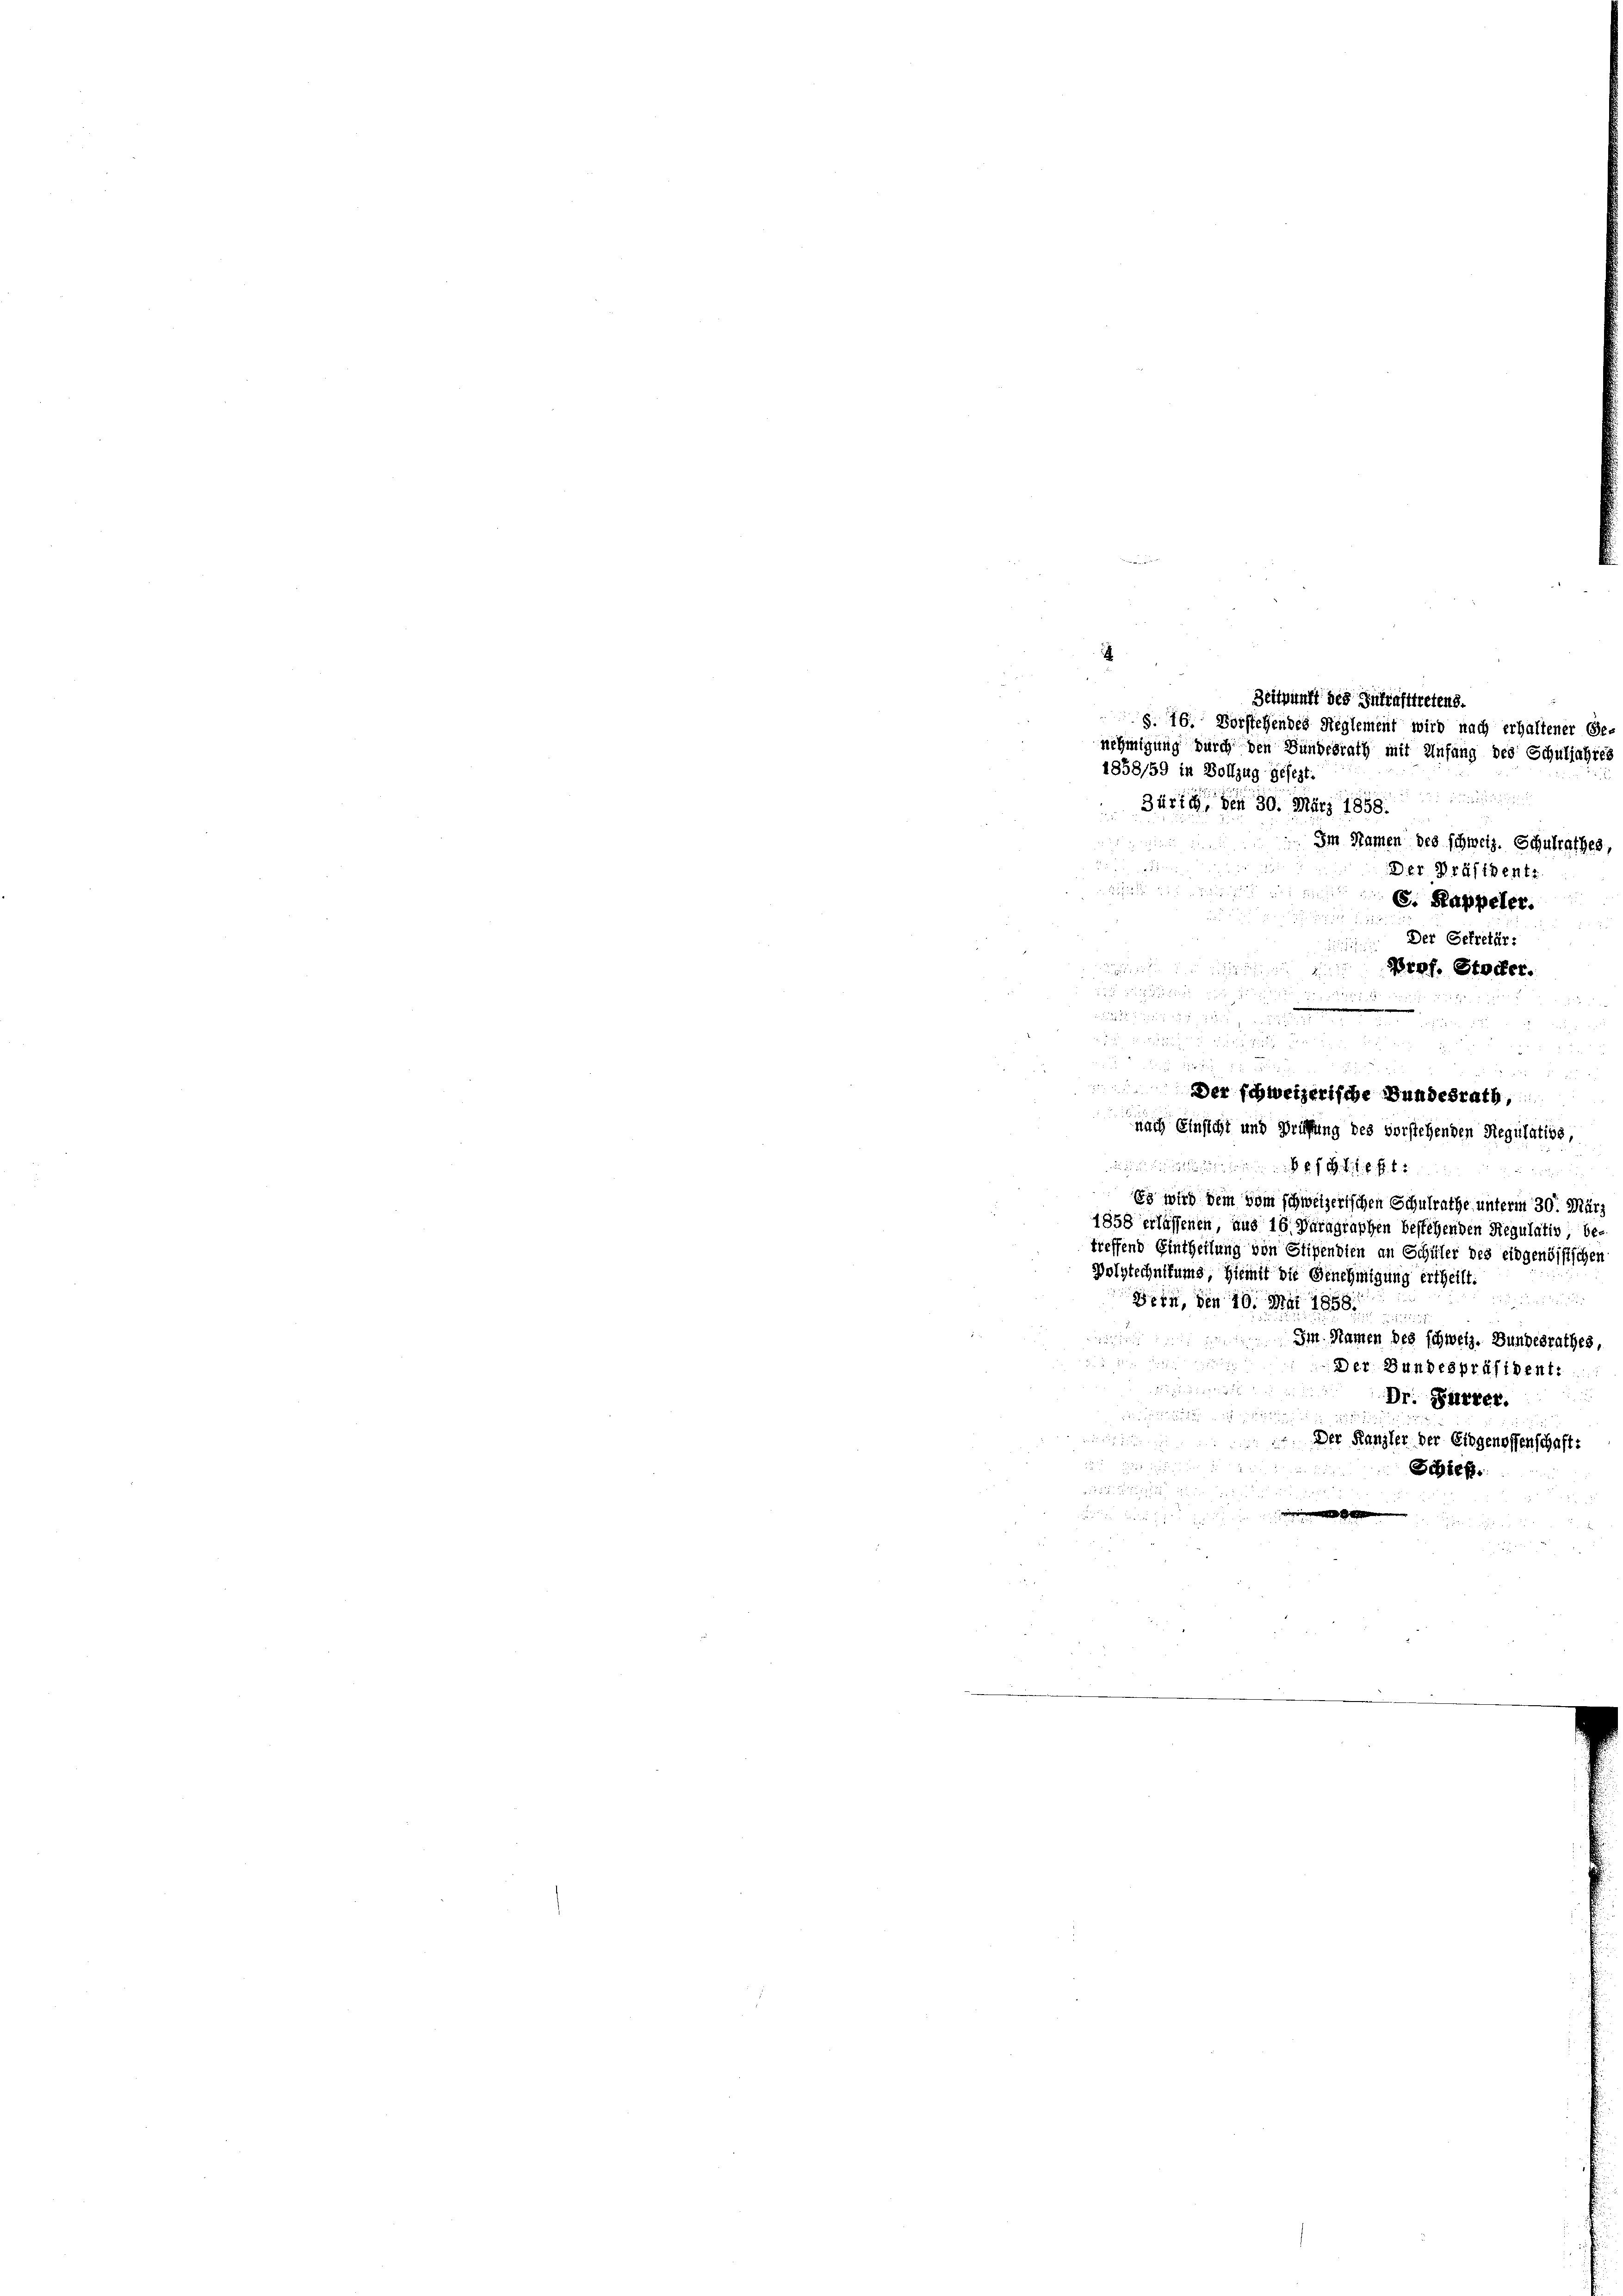
i
Zürich, den 30. März 1858.
d nichtun
Im Namen des schweiz. Schulrathes

Der Präsident.

S. Kappeler.
Der Gefretär:

Prof. Stocker.
e

Der schweizerische Bundesrath,

i
Zeitpunkt des Inkrafttretend.
§. 16. Vorstehendes Reglement wird nach erhaltener
nehmigung durch den Bundesrath mit Anfang des Schuljahres
1858/59 in Vollzug gesezt.

.
nach Einsicht und Prüffung des vorstehenden Regulativ

ninchen seinen ist es ist
Es wird dem vom schweizerischen Schulrathe unterm 30. März
1858 erlassenen, aus 16. Paragraphen bestehenden Regulativ, be
treffend Eintheilung von Stipendien an Schüler des eidgenössischen
Polytechnitums, hiemit die Genehmigung ertheilt.
e
Bern, von 10. Mai 1858.
Im Namen des schweiz. Bundesrathes,
Der Bundespräsident:
Dr. Fürrer.

 Der Kanzler der Eidgenossenschaft:
.
Scbief.

i

.